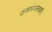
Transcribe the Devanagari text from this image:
राजागोपालाचारी।